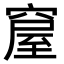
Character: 𥧊